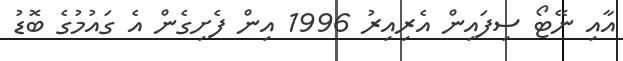
އާއި ނޭޓޯ ސިފައިން އެރިއިރު 1996 އިން ފެށިގެން އެ ގައުމުގެ ބޮޑު